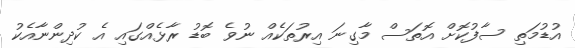
އުޑުމަތި ސާފުކޮށް އޮތަސް މާގިނަ އިރުތަކެއް ނުވެ ބޮޑު ރާޅެއްގައި އެ ކުދިންނާއެކު